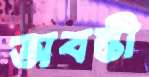
অবন্তী